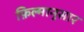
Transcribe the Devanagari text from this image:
फ़िल्मानुसार